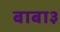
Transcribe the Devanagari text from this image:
बाबा३